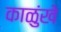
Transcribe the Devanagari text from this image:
काळुंखे